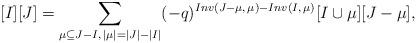
LaTeX: \begin{align*} [I][J]= \sum_{\mu\subseteq J-I,\, |\mu|=|J|-|I|}(-q)^{Inv(J-\mu,\,\mu)-Inv(I,\,\mu)} [I\cup\mu][J-\mu], \end{align*}